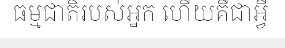
ធម្មជាតិរបស់អ្នក ហើយគឺជាអ្វី